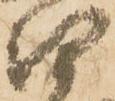
口